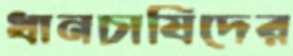
ধানচাষিদের